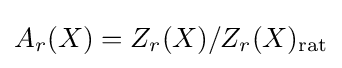
A_{r}(X)=Z_{r}(X)/Z_{r}(X)_{\text{rat}}